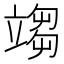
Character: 𥪥